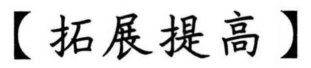
【拓展提高】